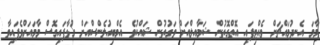
މާމަ އެނދުމައްޗަށް ވެއްޓިފައި އޮތްގޮތުން ޝަމާއިލްއަށް ވަގުތުން ޝައްކުވެ އެމްބިއުލެންސްއަށް ގުޅާފައިގޮސް މާމައަށްވެފައިވާ